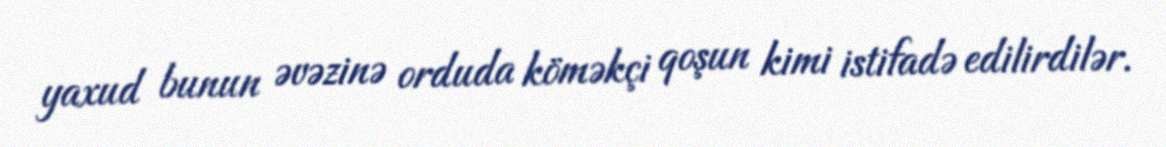
yaxud bunun əvəzinə orduda köməkçi qoşun kimi istifadə edilirdilər.